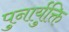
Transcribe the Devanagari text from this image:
पुनार्युक्ति